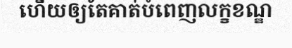
ហើយឲ្យតែគាត់បំពេញលក្ខខណ្ឌ